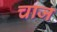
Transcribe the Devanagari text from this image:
चाज